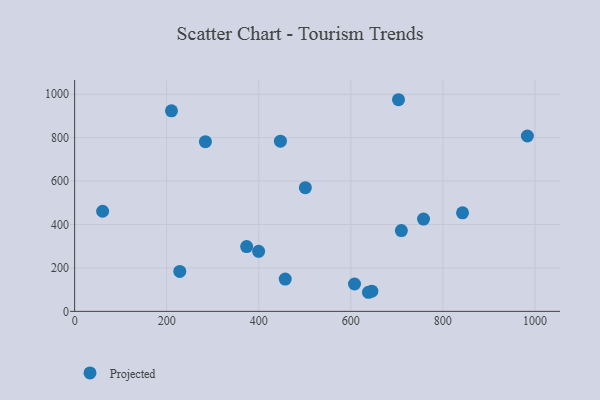
{"axis": {"x": "Speed", "y": "Sales"}, "legend": ["Projected"], "data": [{"x": "210.4", "y": 923.4, "type": "Projected"}, {"x": "709.8", "y": 372.1, "type": "Projected"}, {"x": "645.7", "y": 92.9, "type": "Projected"}, {"x": "373.7", "y": 298.6, "type": "Projected"}, {"x": "842.7", "y": 453.8, "type": "Projected"}, {"x": "457.5", "y": 148.5, "type": "Projected"}, {"x": "447.1", "y": 784.0, "type": "Projected"}, {"x": "608.0", "y": 125.9, "type": "Projected"}, {"x": "758.0", "y": 425.0, "type": "Projected"}, {"x": "703.6", "y": 974.7, "type": "Projected"}, {"x": "501.2", "y": 569.7, "type": "Projected"}, {"x": "284.1", "y": 781.6, "type": "Projected"}, {"x": "399.7", "y": 276.3, "type": "Projected"}, {"x": "983.6", "y": 807.7, "type": "Projected"}, {"x": "60.8", "y": 461.1, "type": "Projected"}, {"x": "638.3", "y": 87.9, "type": "Projected"}, {"x": "228.4", "y": 183.7, "type": "Projected"}]}